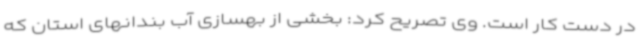
در دست کار است. وی تصریح کرد: بخشی از بهسازی آب بندانهای استان که